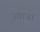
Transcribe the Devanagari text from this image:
उंगावा